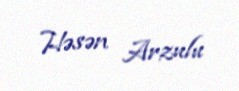
Həsən Arzulu